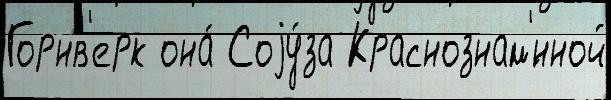
Горнв'ерк она́ Соjу́за Краснознам'́нной